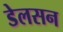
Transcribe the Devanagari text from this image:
डेलसन